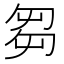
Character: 芻